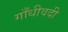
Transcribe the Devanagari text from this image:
गाँधीवदी